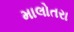
માલોતરા